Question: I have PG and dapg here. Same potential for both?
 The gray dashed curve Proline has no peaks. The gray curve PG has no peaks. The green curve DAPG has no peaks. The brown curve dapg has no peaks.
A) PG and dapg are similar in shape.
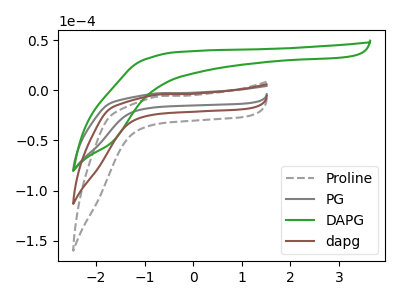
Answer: <think>Neither "PG" or "dapg" have any peaks.
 </think>
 <answer>A) "PG" and "dapg" are similar in shape.</answer>
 <eval>A</eval>